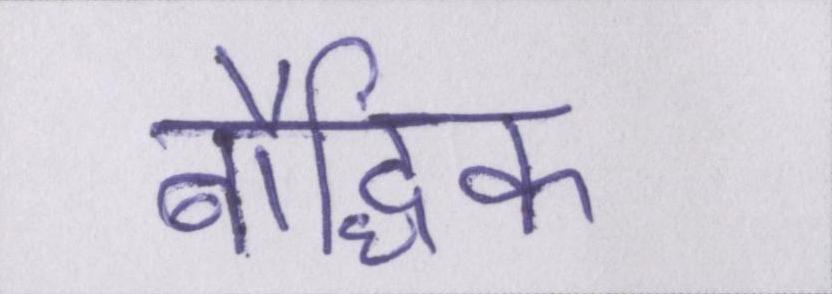
बौद्धिक